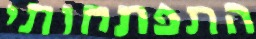
התפתחותי